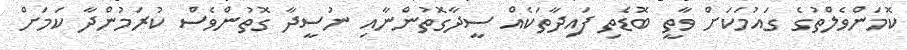
ކޮމަންވެލްތުގެ ގައުމަކަށް ވާތީ ބޮޑެތި ފައިދާތަކެއް ސީދާގޮތުންނާއި ނުސީދާ ގޮތުންވެސް ކުރަމުންދާ ކަމަށް